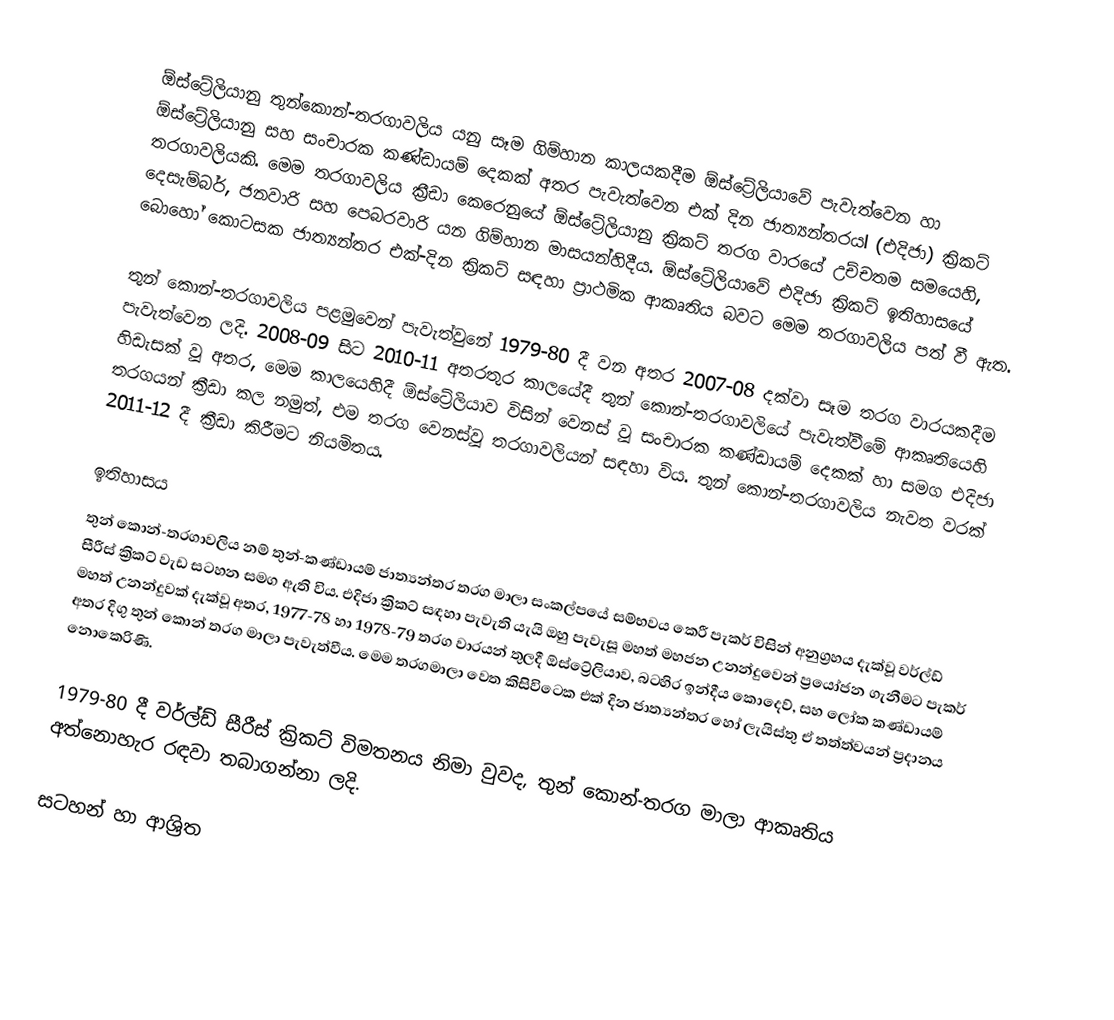
ඕස්ට්‍රේලියානු තුන්කොන්-තරගාවලිය යනු සෑම ගිම්හාන කාලයකදීම ඕස්ට්‍රේලියාවේ පැවැත්වෙන හා  ඕස්ට්‍රේලියානු සහ සංචාරක කණ්ඩායම් දෙකක් අතර පැවැත්වෙන එක් දින ජාත්‍යන්තරයl (එදිජා) ක්‍රිකට් තරගාවලියකි. මෙම තරගාවලිය ක්‍රීඩා කෙරෙනුයේ ඕස්ට්‍රේලියානු ක්‍රිකට් තරග වාරයේ උච්චතම සමයෙහි, දෙසැම්බර්, ජනවාරි සහ පෙබරවාරි යන ගිම්හාන මාසයන්හිදීය. ඕස්ට්‍රේලියාවේ එදිජා ක්‍රිකට් ඉතිහාසයේ බොහෝ කොටසක ජාත්‍යන්තර එක්-දින ක්‍රිකට් සඳහා ප්‍රාථමික ආකෘතිය බවට මෙම තරගාවලිය පත් වී ඇත.

තුන් කොන්-තරගාවලිය පළමුවෙන් පැවැත්වුනේ 1979-80 දී වන අතර  2007-08 දක්වා සෑම තරග වාරයකදීම පැවැත්වෙන ලදි. 2008-09 සිට 2010-11 අතරතුර කාලයේදී තුන් කොන්-තරගාවලියේ පැවැත්වීමේ ආකෘතියෙහි හිඩැසක් වූ අතර, මෙම කාලයෙහිදී ඕස්ට්‍රේලියාව විසින් වෙනස් වූ  සංචාරක කණ්ඩායම් දෙකක් හා සමග එදිජා තරගයන් ක්‍රීඩා කල නමුත්, එම තරග වෙනස්වූ තරගාවලියන් සඳහා විය. තුන් කොන්-තරගාවලිය නැවත වරක් 2011-12 දී ක්‍රීඩා කිරීමට නියමිතය.

ඉතිහාසය
තුන් කොන්-තරගාවලිය නම් තුන්-කණ්ඩායම් ජාත්‍යන්තර තරග මාලා සංකල්පයේ සම්භවය කෙරී පැකර් විසින් අනුග්‍රහය දැක්වූ  වර්ල්ඩ් සීරීස් ක්‍රිකට් වැඩ සටහන සමග ඇති විය. එදිජා ක්‍රිකට් සඳහා පැවැති යැයි ඔහු පැවැසූ මහත් මහජන උනන්දුවෙන්  ප්‍රයෝජන ගැනීමට පැකර් මහත් උනන්දුවක් දැක්වූ අතර, 1977-78 හා  1978-79 තරග වාරයන් තුලදී ඕස්ට්‍රේලියාව, බටහිර ඉන්දීය කොදෙව්, සහ ලෝක කණ්ඩායම් අතර දිගු තුන් කොන් තරග මාලා පැවැත්වීය. මෙම තරගමාලා වෙත  කිසිවිටෙක එක් දින ජාත්‍යන්තර හෝ ලැයිස්තු ඒ තත්ත්වයන්  ප්‍රදානය නොකෙරිණි.

1979-80 දී වර්ල්ඩ් සීරීස් ක්‍රිකට් විමතනය නිමා වුවද, තුන් කොන්-තරග මාලා ආකෘතිය අත්නොහැර රඳවා තබාගන්නා ලදි.

සටහන් හා ආශ්‍රිත